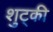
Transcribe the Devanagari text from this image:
शुट्की